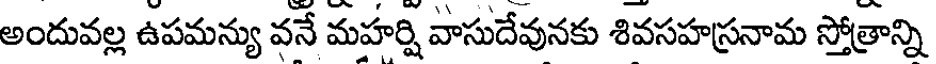
అందువల్ల ఉపమన్యు వనే మహర్షి వాసుదేవునకు శివసహస్రనామ స్తోత్రాన్ని